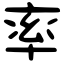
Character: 率